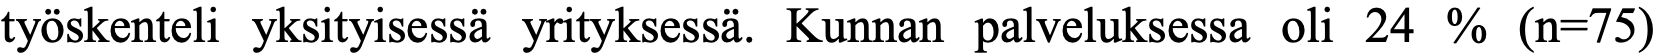
työskenteli yksityisessä yrityksessä. Kunnan palveluksessa oli 24 % (n=75)